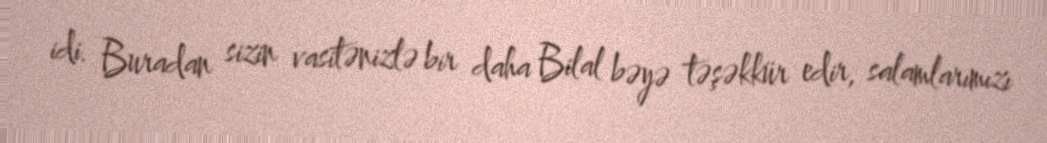
idi. Buradan sizin vasitənizlə bir daha Bilal bəyə təşəkkür edir, salamlarımızı